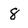
Character: 8